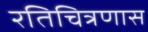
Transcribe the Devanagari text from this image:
रतिचित्रणास